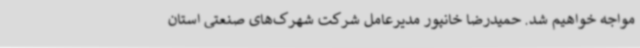
مواجه خواهیم شد. حمیدرضا خانپور مدیرعامل شرکت شهرک‌های صنعتی استان